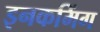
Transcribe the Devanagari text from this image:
इनकमिंग